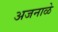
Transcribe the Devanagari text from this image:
अजनाळे